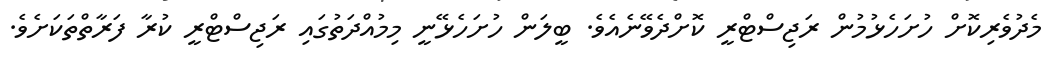
މެދުވެރިކޮށް ހުށަހެޅުމުން ރަޖިސްޓްރީ ކޮށްދެވޭނެއެވެ. ބީލަން ހުށަހެޅޭނީ މިމުއްދަތުގައި ރަޖިސްޓްރީ ކުރާ ފަރާތްތަކަށެވެ.